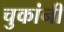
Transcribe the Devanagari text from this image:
चुकांनी